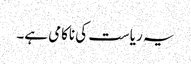
یہ ریاست کی ناکامی ہے۔